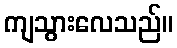
ကျသွားလေသည်။